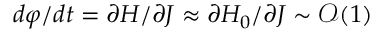
d \boldsymbol { \varphi } / d t = \partial H / \partial \boldsymbol { J } \approx \partial H _ { 0 } / \partial \boldsymbol { J } \sim \mathcal { O } ( 1 )